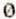
0